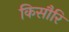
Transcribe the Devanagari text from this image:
किसौरि